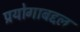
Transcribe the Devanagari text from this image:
प्रयोगाबद्दल